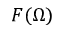
F ( \Omega )